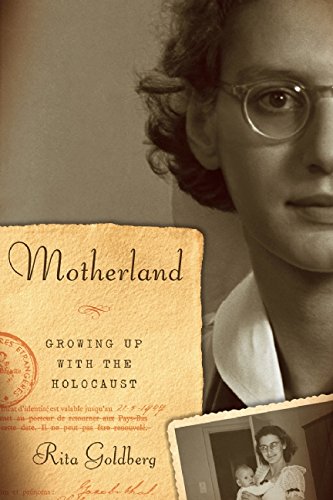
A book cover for Motherland: Growing Up With the Holocaust; Rita Goldberg; Biographies & Memoirs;